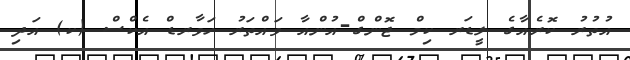
އުތުރު ކޮރެއާގެ ލީޑަރ ކިމް ޖޮންގް-އުންއާ ވައްތަރު ހަވާރޑް އެކްސް (ކ) އަދި